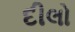
દીલો